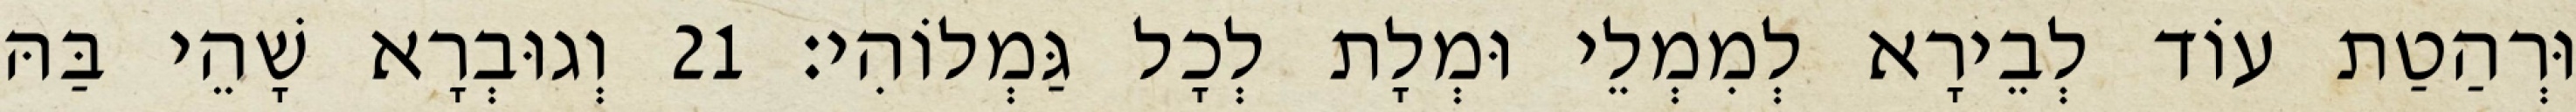
וּרְהַטַת עוֹד לְבֵירָא לְמִמְלֵי וּמְלָת לְכָל גַּמְלוֹהִי׃ 21 וְגוּבְרָא שָׁהֵי בַּהּ